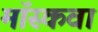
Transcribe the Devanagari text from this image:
मॉस्कवा